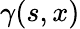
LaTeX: \gamma(s,x)